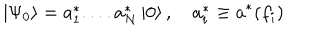
\left| \Psi _ { 0 } \right\rangle = a _ { 1 } ^ { * } . . . . a _ { N } ^ { * } \left| 0 \right\rangle , \quad a _ { i } ^ { * } \equiv a ^ { * } ( f _ { i } )